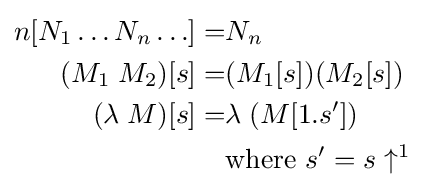
{\begin{aligned}n[N_{1}\ldots N_{n}\ldots ]=&N_{n}\\(M_{1}\;M_{2})[s]=&(M_{1}[s])(M_{2}[s])\\(\lambda \;M)[s]=&\lambda \;(M[1.s'])\\&{\text{where }}s'=s\uparrow ^{1}\end{aligned}}